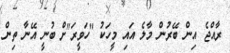
ރާއްޖެ އިން ބޭރުން މާލެ އައި މީހަކު "ހަވީރަ"ށް ބުނީ އޭނާ ތިން